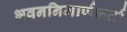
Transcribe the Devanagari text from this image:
भवननिमार्णकर्ता